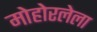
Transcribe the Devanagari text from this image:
मोहोरलेला